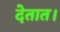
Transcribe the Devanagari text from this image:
देतात।